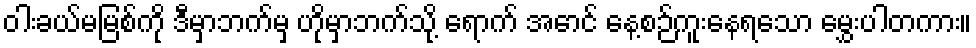
ဝါးခယ်မမြစ်ကို ဒီမှာဘက်မှ ဟိုမှာဘက်သို့ ရောက် အောင် နေ့စဉ်ကူးနေရသော မွှေးပါတကား။